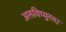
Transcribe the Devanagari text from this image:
अरुविप्पुरम।